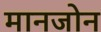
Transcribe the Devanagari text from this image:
मानजोन